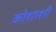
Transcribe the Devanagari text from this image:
कोशाशीं